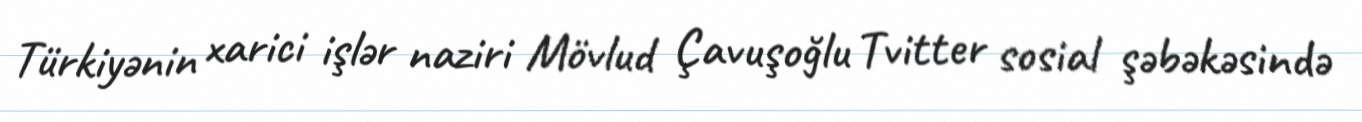
Türkiyənin xarici işlər naziri Mövlud Çavuşoğlu Tvitter sosial şəbəkəsində